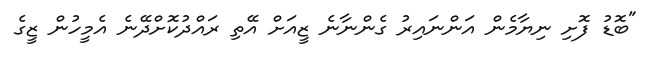
"ބޮޑު ފޮށި ނިޔާމެން އަންނައިރު ގެންނާނެ ޒީއަށް އޭތި ރައްދުކޮށްދޭނެ އެމީހުން ޒީގެ